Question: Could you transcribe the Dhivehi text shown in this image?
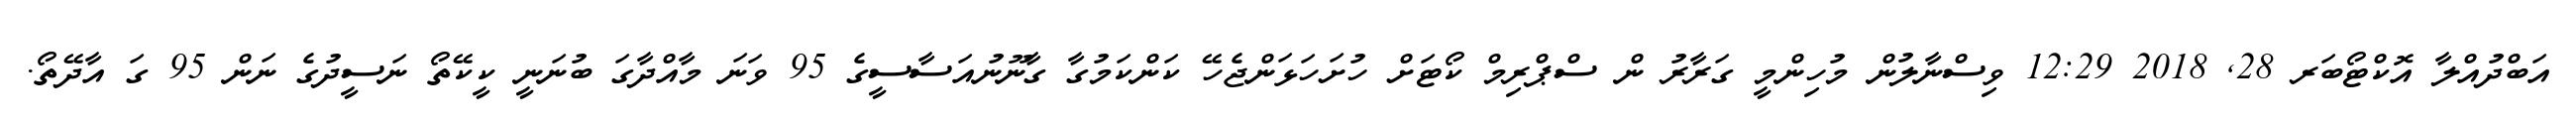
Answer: އަބްދުއްލާ އޮކްޓޯބަރ 28, 2018 12:29 ވިސްނާލުން މުހިންމީ ގަރާރު ން ސްޕްރިމް ކޯޓަށް ހުށަހަޅަންޖެހޭ ކަންކަމުގާ ގާނޫނުއަސާސީގެ 95 ވަނަ މާއްދާގަ ބުނަނީ ކީކޭތޯ ނަސީދުގެ ނަން 95 ގަ އާދޭތޯ.